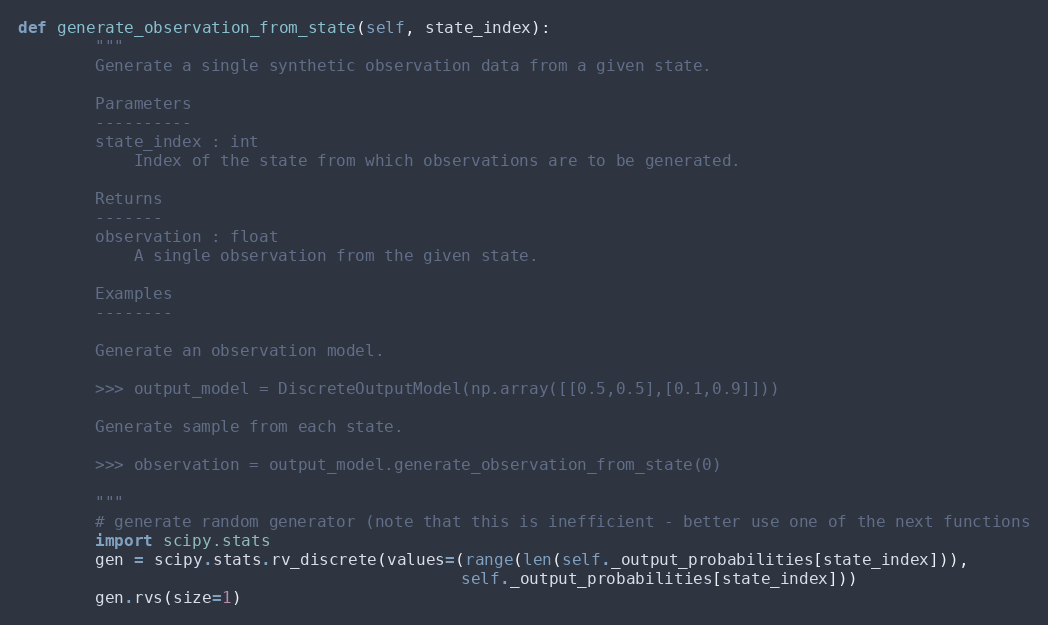
Language: Python
def generate_observation_from_state(self, state_index):
        """
        Generate a single synthetic observation data from a given state.

        Parameters
        ----------
        state_index : int
            Index of the state from which observations are to be generated.

        Returns
        -------
        observation : float
            A single observation from the given state.

        Examples
        --------

        Generate an observation model.

        >>> output_model = DiscreteOutputModel(np.array([[0.5,0.5],[0.1,0.9]]))

        Generate sample from each state.

        >>> observation = output_model.generate_observation_from_state(0)

        """
        # generate random generator (note that this is inefficient - better use one of the next functions
        import scipy.stats
        gen = scipy.stats.rv_discrete(values=(range(len(self._output_probabilities[state_index])),
                                              self._output_probabilities[state_index]))
        gen.rvs(size=1)